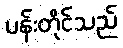
ပန်းတိုင်သည်